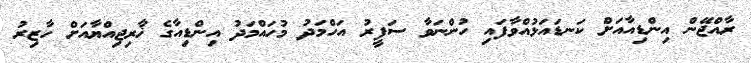
ރާއްޖޭން އިންޑިއާއަށް ކަނޑައަޅުއްވާފައި ހުންނަވާ ސަފީރު އަހްމަދު މުހައްމަދު އިންޑިއާގެ ޚާރިޖިއްޔާއަށް ހާޒިރު